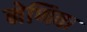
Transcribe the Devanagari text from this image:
नेणिवा